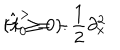
\hat { H } _ { 0 } ^ { > } = - \frac { 1 } { 2 } \partial _ { x } ^ { 2 } \hspace { 2 . 0 c m } ( x \geq 0 ) .